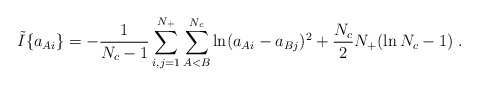
\begin{align*}\tilde I\{a_{Ai}\} = -\frac{1}{N_c-1} \sum_{i,j=1}^{N_+} \sum_{A<B}^{N_c}\ln(a_{Ai}-a_{Bj})^2 + \frac{N_c}{2}N_+(\ln N_c -1)\;.\end{align*}